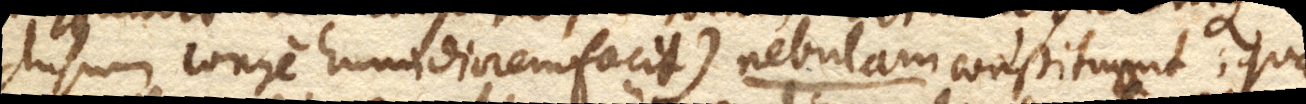
clusum longe humidiorem facit) nebulam constituant; quae